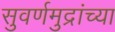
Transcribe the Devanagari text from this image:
सुवर्णमुद्रांच्या